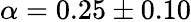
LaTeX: \alpha=0.25\pm 0.10